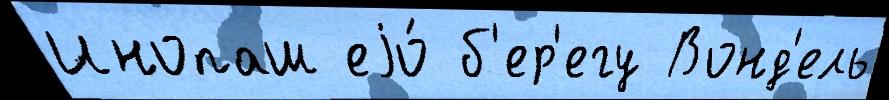
Инопаш еjо́ б'ер'егу Вонд'ель